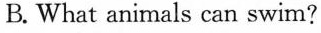
B. What animals can swim?